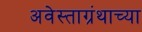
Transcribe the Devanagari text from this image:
अवेस्ताग्रंथाच्या